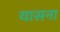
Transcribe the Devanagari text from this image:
यासना